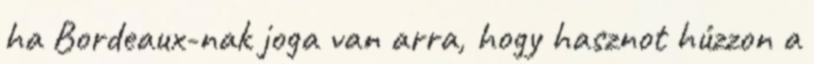
ha Bordeaux-nak joga van arra, hogy hasznot húzzon a